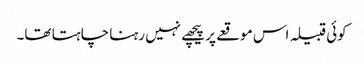
کوئی قبیلہ اس موقعے پر پیچھے نہیں رہنا چاہتا تھا۔